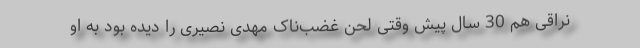
نراقی هم 30 سال پیش وقتی لحن غضب‌ناک مهدی نصیری را دیده بود به او